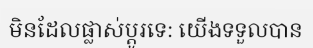
មិនដែលផ្លាស់ប្តូរទេ: យើងទទួលបាន